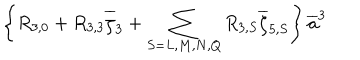
LaTeX: \left\{ R _ { 3 , 0 } + R _ { 3 , 3 } \overline { { \zeta } } _ { 3 } + \sum _ { S = L , M , N , Q } R _ { 3 , S } \overline { { \zeta } } _ { 5 , S } \right\} \overline { { { a } } } ^ { 3 }